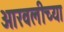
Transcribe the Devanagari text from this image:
आरवलीच्या